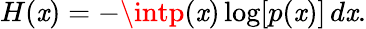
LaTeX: H(\mathit{x})=-\intp(\mathit{x})\log[p(\mathit{x})]\, d\mathit{x}.